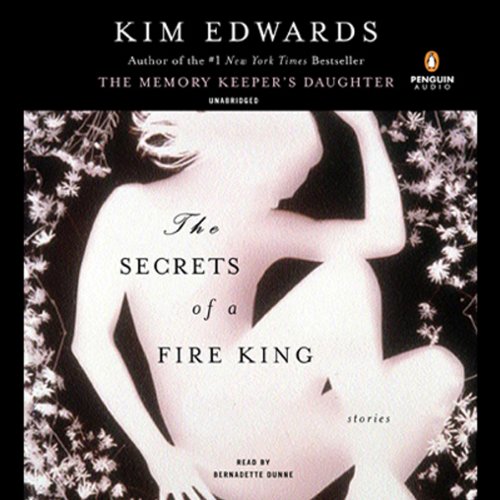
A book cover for The Secrets of a Fire King: Stories; Kim Edwards; Sports & Outdoors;